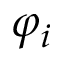
\varphi _ { i }